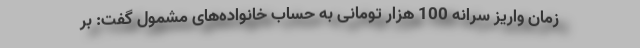
زمان واریز سرانه 100 هزار تومانی به حساب خانواده‌های مشمول گفت: بر